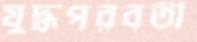
যুদ্ধপরবর্তী